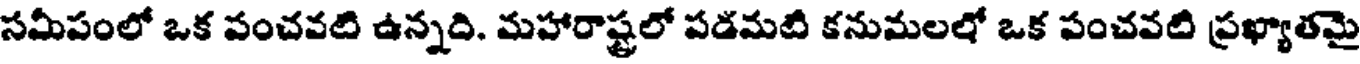
సమీపంలో ఒక పంచవటి ఉన్నది. మహారాష్ట్రలో పడమటి కనుమలలో ఒక పంచవటి ప్రఖ్యాతమై